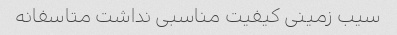
سیب زمینی کیفیت مناسبی نداشت متاسفانه